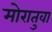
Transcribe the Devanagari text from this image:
मोरातुवा